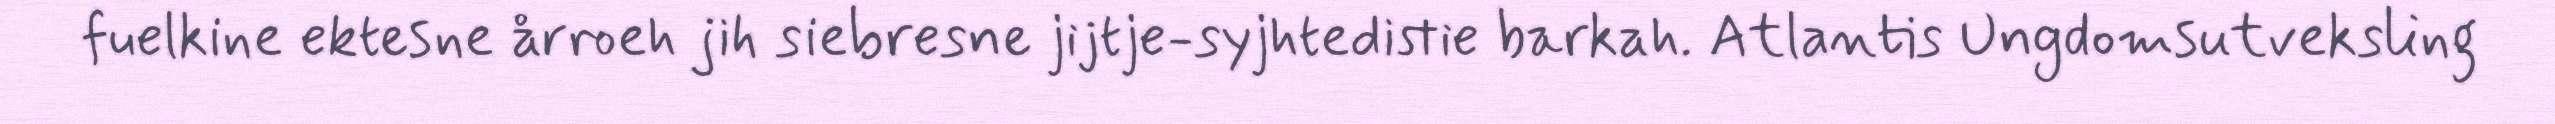
fuelkine ektesne årroeh jih siebresne jijtje-syjhtedistie barkah. Atlantis Ungdomsutveksling